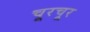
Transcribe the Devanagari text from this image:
चूरचूर